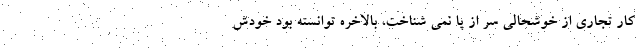
کار تجاری از خوشحالی سر از پا نمی شناخت، بالاخره توانسته بود خودش